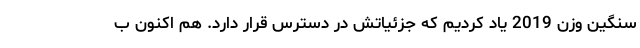
سنگین وزن 2019 یاد کردیم که جزئیاتش در دسترس قرار دارد. هم اکنون ب